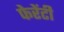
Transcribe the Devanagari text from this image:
फेरेंटी